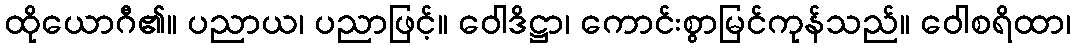
ထိုယောဂီ၏။ ပညာယ၊ ပညာဖြင့်။ ဝေါဒိဋ္ဌာ၊ ကောင်းစွာမြင်ကုန်သည်။ ဝေါစရိထာ၊